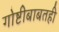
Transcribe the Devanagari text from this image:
गोष्टीबाबतही